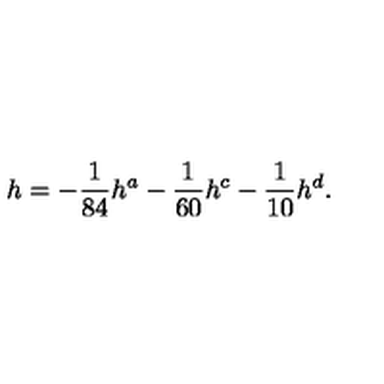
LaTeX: h = - \frac { 1 } { 8 4 } h ^ { a } - \frac { 1 } { 6 0 } h ^ { c } - \frac { 1 } { 1 0 } h ^ { d } .